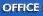
office